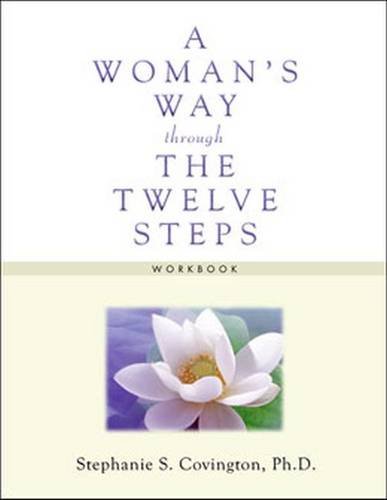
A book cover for A Woman's Way through the Twelve Steps Workbook; Stephanie S. Covington; Health, Fitness & Dieting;